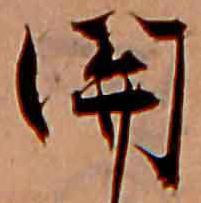
関